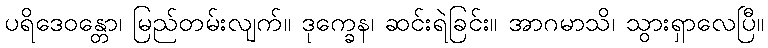
ပရိဒေဝန္တော၊ မြည်တမ်းလျက်။ ဒုက္ခေန၊ ဆင်းရဲခြင်း။ အာဂမာသိ၊ သွားရှာလေပြီ။